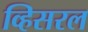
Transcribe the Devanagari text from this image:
व्हिसरल